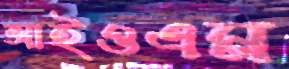
আইওএম